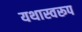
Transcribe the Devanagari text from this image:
यथास्वरूप